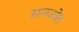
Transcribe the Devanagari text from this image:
मनजोत